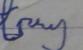
Signature authenticity: forged